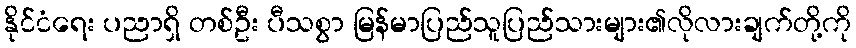
နိုင်ငံရေး ပညာရှိ တစ်ဦး ပီသစွာ မြန်မာပြည်သူပြည်သားများ၏လိုလားချက်တို့ကို